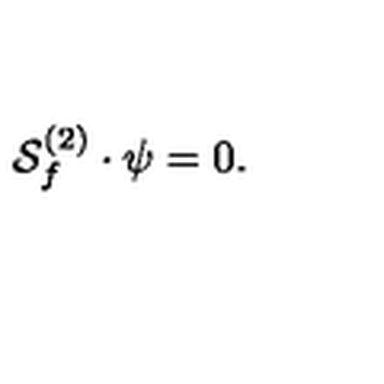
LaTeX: { \cal S } _ { f } ^ { ( 2 ) } \cdot \psi = 0 .